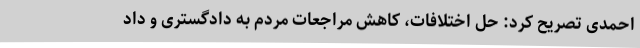
احمدی تصریح کرد: حل اختلافات، کاهش مراجعات مردم به دادگستری و داد